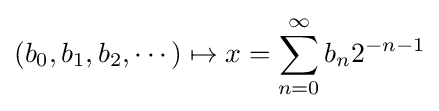
(b_{0},b_{1},b_{2},\cdots )\mapsto x=\sum _{n=0}^{\infty }b_{n}2^{-n-1}